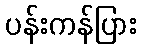
ပန်းကန်ပြား